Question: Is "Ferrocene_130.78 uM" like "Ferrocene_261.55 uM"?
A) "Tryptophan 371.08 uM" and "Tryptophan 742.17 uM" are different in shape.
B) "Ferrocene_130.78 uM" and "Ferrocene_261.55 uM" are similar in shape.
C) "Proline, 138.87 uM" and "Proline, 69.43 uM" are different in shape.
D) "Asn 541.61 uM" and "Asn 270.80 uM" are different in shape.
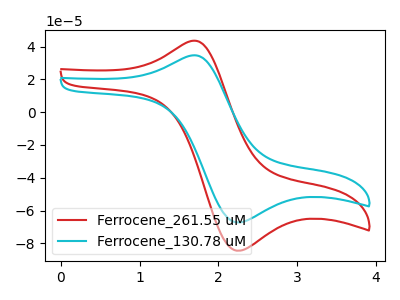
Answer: <think>The red curve "Ferrocene_261.55 uM" has an anodic peak at (1.65V, 43.40uA) and a cathodic peak at (2.25V, -84.50uA). The cyan curve "Ferrocene_130.78 uM" has an anodic peak at (1.65V, 34.55uA) and a cathodic peak at (2.25V, -67.25uA).
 All the peaks in "Ferrocene_130.78 uM" have a peak in "Ferrocene_261.55 uM" at the same potential. Every peak in "Ferrocene_130.78 uM" is lower than every peak in "Ferrocene_261.55 uM".</think>
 <answer>B) "Ferrocene_130.78 uM" and "Ferrocene_261.55 uM" are similar in shape.</answer>
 <eval>B</eval>